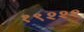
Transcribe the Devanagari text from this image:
१९२२२